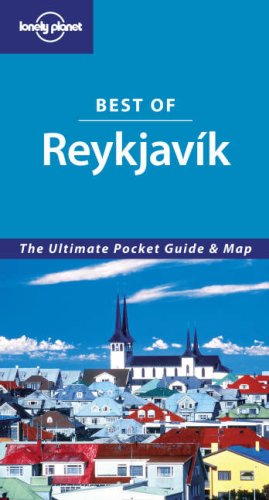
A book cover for Best of Reykjavik: The Ultimate Pocket Guide and Map (Lonely Planet); Fran Parnell; Travel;